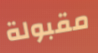
مقبولة